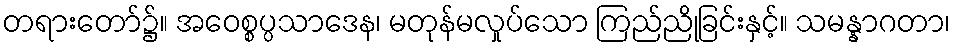
တရားတော်၌။ အဝေစ္စပ္ပသာဒေန၊ မတုန်မလှုပ်သော ကြည်ညိုခြင်းနှင့်။ သမန္နာဂတာ၊